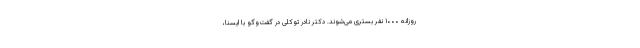
روزانه ۱۰۰۰ نفر بستری می‌شوند. دکتر نادر توکلی در گفت‌وگو با ایسنا،‌